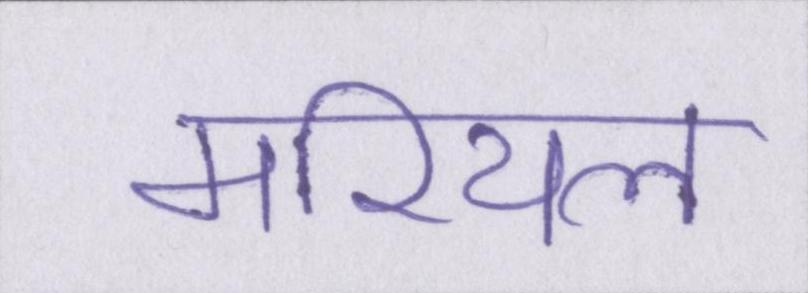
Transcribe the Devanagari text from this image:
मरियल